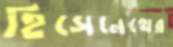
হিসেনেথের